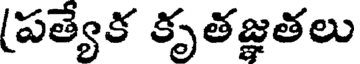
(పత్యేక కృతజ్ఞతలు